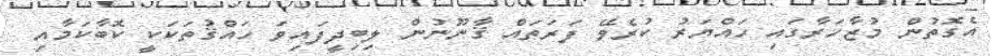
އެގޮތުން މުޒާހަރާގައި ހައްޔަރު ކުރެވޭ ފަރަތައް ޤާނޫނުން ލިބިދީފައިވަ ހައްޤުތަކަކީ ކޮބާކަމާއި